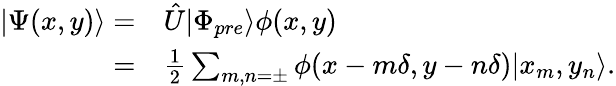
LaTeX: \begin{array}{rl}{|\Psi(x,y)\rangle=}&{{}\hat{U}|\Phi_{pre}\rangle\phi(x,y)}\\ {=}&{{}\frac{1}{2}\sum_{m,n=\pm}\phi(x-m\delta,y-n\delta)|x_{m},y_{n}\rangle.}\end{array}